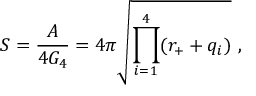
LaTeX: S = { \frac { A } { 4 G _ { 4 } } } = 4 \pi \sqrt { \prod _ { i = 1 } ^ { 4 } ( r _ { + } + q _ { i } ) } \ ,